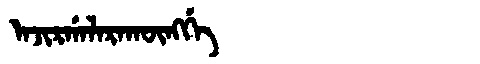
Manchu: ᠠᠵᡳᡵᡤᠠᠯᠠᡵᠠᡴᡡᠩᡤᡝ
Romanization: AJIRGALARAKŪNGGE